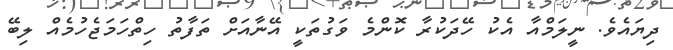
ދިޔައެވެ. ނީލަމްއާ އެކު ހޭދަކުރާ ކޮންމެ ވަގުތަކީ އޭނާއަށް ތަފާތު ހިތްހަމަޖެހުމެއް ލިބޭ